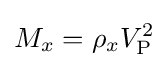
M_{x}=\rho _{x}V_{\mathrm {P} }^{2}